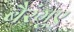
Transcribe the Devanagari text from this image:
बैरंगुए